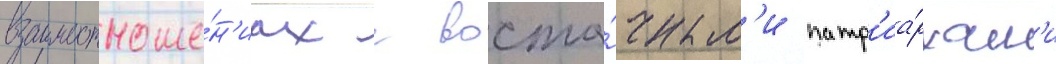
взаимоотноше́н'иах с восто́чным'и патр'иа́рхам'и